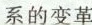
系的变革